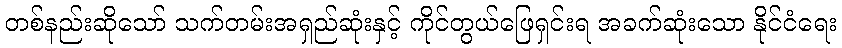
တစ်နည်းဆိုသော် သက်တမ်းအရှည်ဆုံးနှင့် ကိုင်တွယ်ဖြေရှင်းရ အခက်ဆုံးသော နိုင်ငံရေး